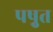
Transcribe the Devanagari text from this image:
पष़ुत